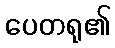
ပေတရု၏